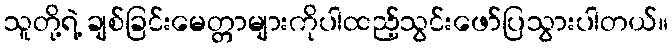
သူတို့ရဲ့ ချစ်ခြင်းမေတ္တာများကိုပါထည့်သွင်းဖော်ပြသွားပါတယ်။